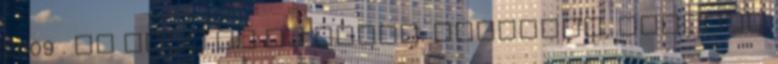
2009 . Te vagy az én párom. Budapest, Nyitott